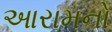
આરામનો